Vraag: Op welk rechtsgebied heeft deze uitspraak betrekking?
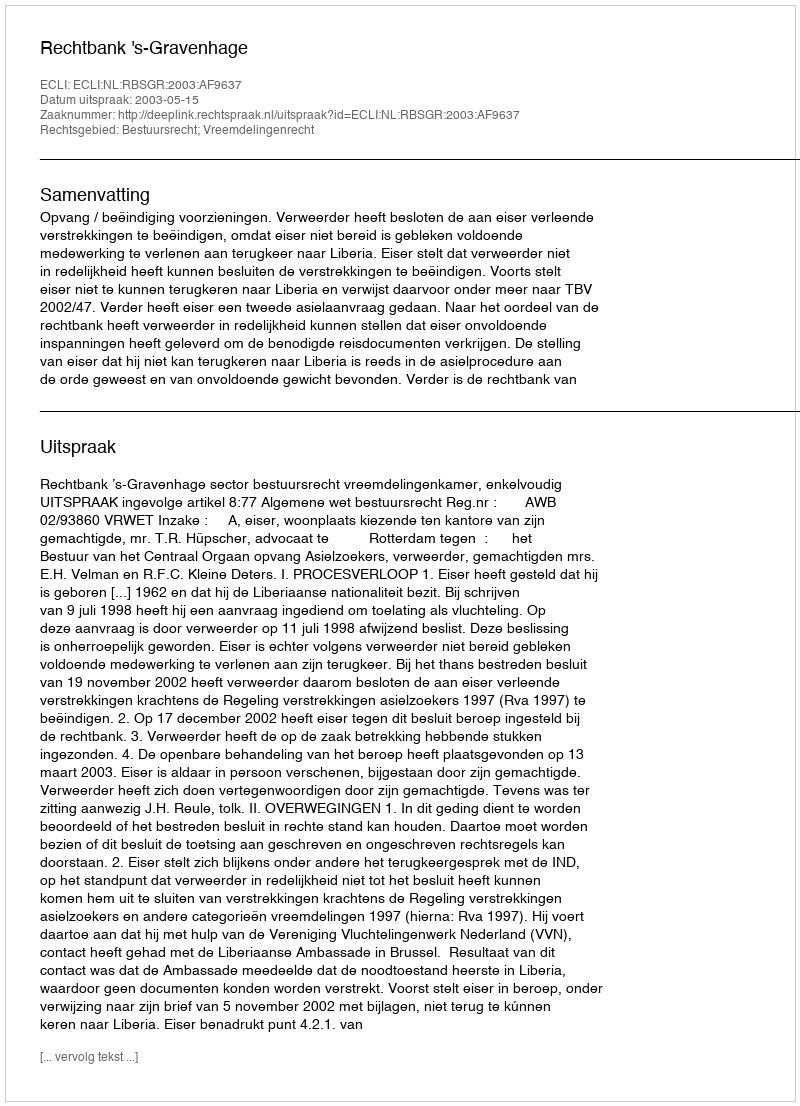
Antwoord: Bestuursrecht; Vreemdelingenrecht